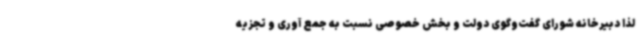
لذا دبیرخانه شورای گفت‌وگوی دولت و بخش خصوصی نسبت به جمع آوری و تجزیه